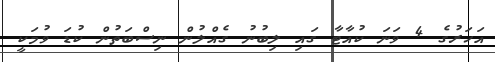
އަހަރުގެ 4 ވަނަ ކުއާޓާ ގައި ލިބުނު ގެއްލުން ނިސްބަތުން ކުޑަ ވުމަކީ